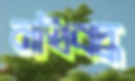
নথিবদ্ধ